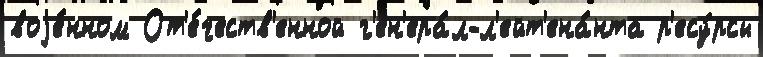
воjе́нном От'е́честв'енной г'ен'ера́л-л'ейт'ена́нта р'есу́рсы